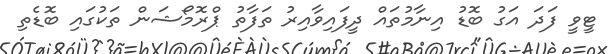
ޓީވީ ފަދަ އަގު ބޮޑު އިނާމުތައް ދީފައިވާއިރު ތަފާތު ޕްރޮމޯޝަން ތަކުގައި ބޮޑެތި